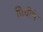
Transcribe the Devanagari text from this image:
प्रिचीपे